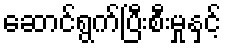
ဆောင်ရွက်ပြီးစီးမှုနှင့်